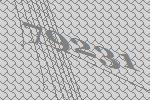
79231